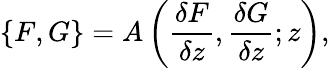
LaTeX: \{ F,G\} =A\left(\frac{\delta F}{\delta z},\frac{\delta G}{\delta z};z\right),